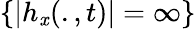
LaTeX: \{ |h_{\mathit{x}}(.,t)|=\infty\}